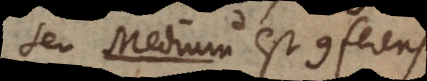
u m est conferens